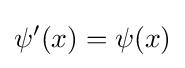
\psi '(x)=\psi (x)